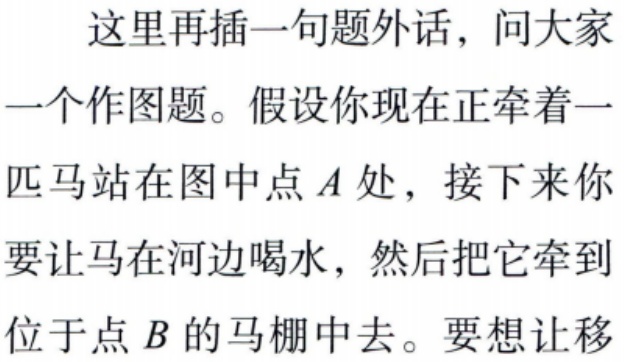
这里再插一句题外话，问大家一个作图题。假设你现在正牵着一匹马站在图中点\(A\)处，接下来你要让马在河边喝水，然后把它牵到位于点\(B\)的马棚中去。要想让移